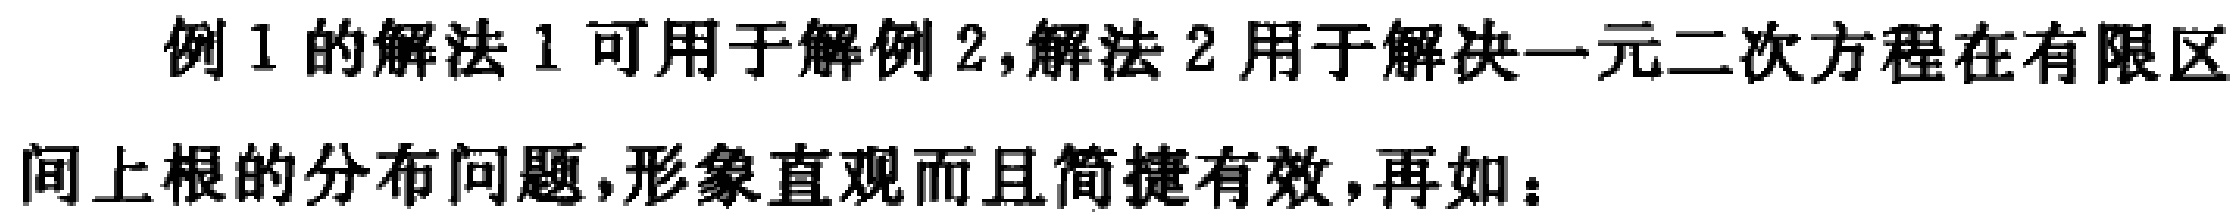
例1的解法1可用于解例2,解法2用于解决一元二次方程在有限区间上根的分布问题,形象直观而且简捷有效,再如：